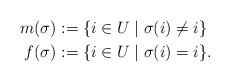
LaTeX: \begin{align*} m(\sigma) &:= \{i\in U \mid \sigma (i)\not =i \} \\ f(\sigma) &:= \{i\in U \mid \sigma (i) =i \}. \end{align*}